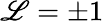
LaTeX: \mathscr{L}=\pm1